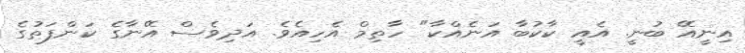
އިނީއޭ ބުނީ. އެއީ ކާކުބާ އަނެއްކާ" ހާތިމް އެހިއެވެ. އަދިވެސް އޭނާގެ ކަންފަތުގެ